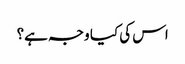
اس کی کیا وجہ ہے؟